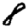
Digit: 8